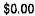
$0.00